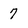
Character: 7